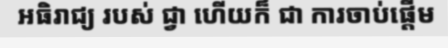
អធិរាជ្យ របស់ ជ្វា ហើយក៏ ជា ការចាប់ផ្តើម